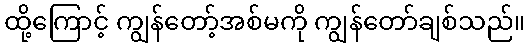
ထို့ကြောင့် ကျွန်တော့်အစ်မကို ကျွန်တော်ချစ်သည်။